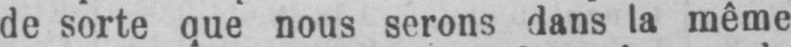
de sorte que nous serons dans la même